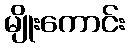
မျိုးကောင်း